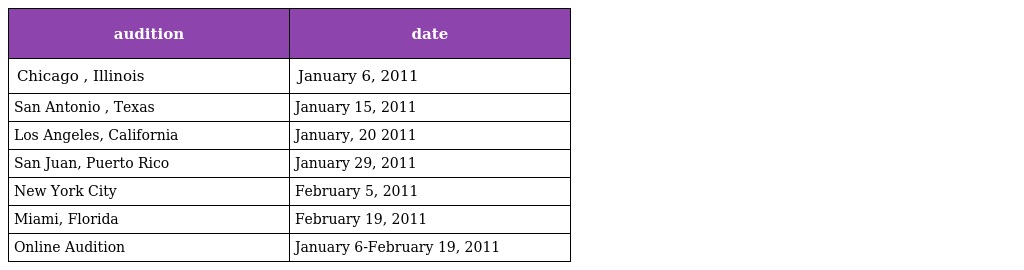
| audition | date |
 | --- | --- |
 | Chicago , Illinois | January 6, 2011 |
 | San Antonio , Texas | January 15, 2011 |
 | Los Angeles, California | January, 20 2011 |
 | San Juan, Puerto Rico | January 29, 2011 |
 | New York City | February 5, 2011 |
 | Miami, Florida | February 19, 2011 |
 | Online Audition | January 6-February 19, 2011 |